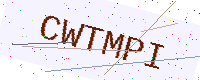
Text: CWTMPI